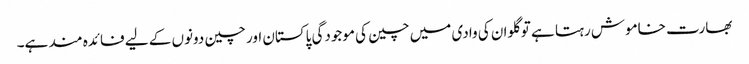
بھارت خاموش رہتا ہے تو گلوان کی وادی میں چین کی موجودگی پاکستان اور چین دونوں کے لیے فائدہ مند ہے۔